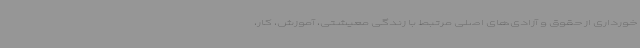
خورداری از حقوق و آزادی‌های اصلی مرتبط با زندگی معیشتی، آموزش، کار،